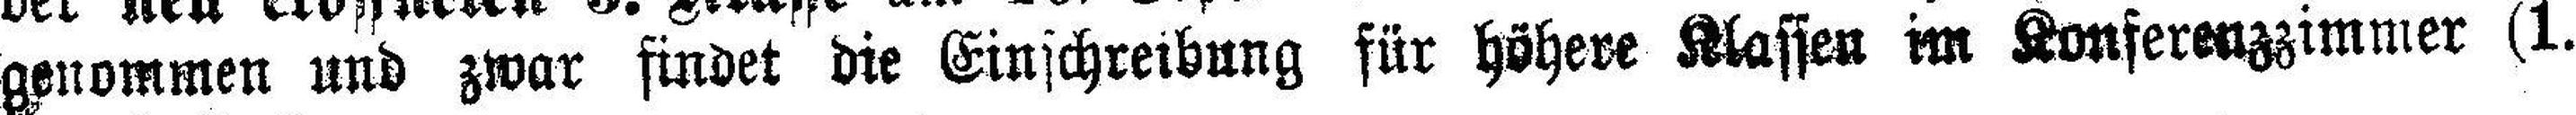
genommen und zwar findet die Einschreibung für höhere Klassen im Konferenzzimmer (1.